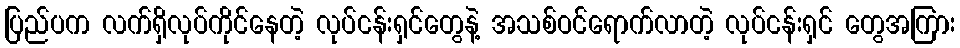
ပြည်ပက လက်ရှိလုပ်ကိုင်နေတဲ့ လုပ်ငန်းရှင်တွေနဲ့ အသစ်ဝင်ရောက်လာတဲ့ လုပ်ငန်းရှင် တွေအကြား